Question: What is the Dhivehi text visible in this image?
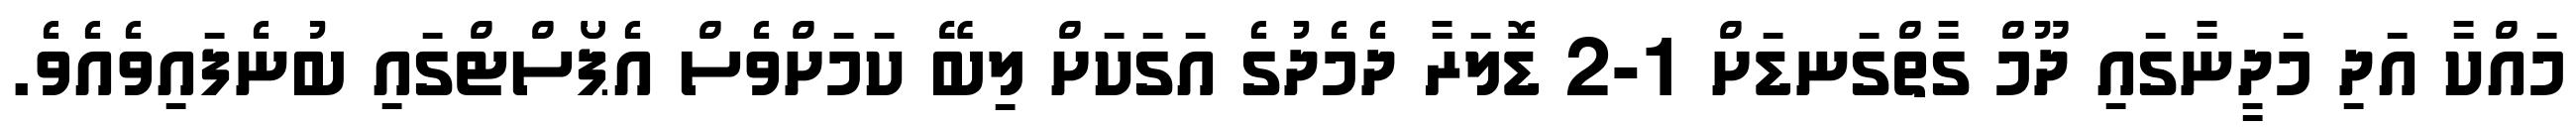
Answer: މައްކާ އަދި މަދީނާގައި ދޫމް ގާތްގަނޑަށް 1-2 ޑޮލަރާ ދެމެދުގެ އަގަކަށް ލިބޭ ކަމަށްވެސް އެޕޯސްޓްގައި ބުނެފައިވެއެވެ.